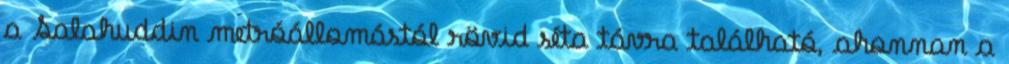
a Salahuddin metróállomástól rövid séta távra található, ahonnan a